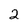
Character: 2